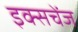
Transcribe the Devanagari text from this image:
इक्सचेंज